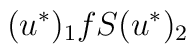
(u^{\ast})_1 f                    S(u^{\ast})_2